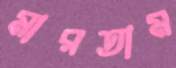
মারতাম